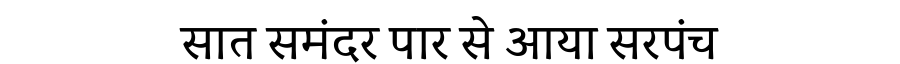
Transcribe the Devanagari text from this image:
सात समंदर पार से आया सरपंच